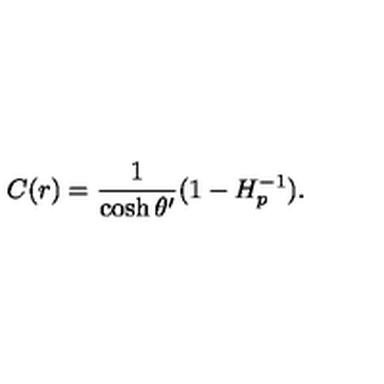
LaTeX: C ( r ) = { \frac { 1 } { \cosh \theta ^ { \prime } } } ( 1 - H _ { p } ^ { - 1 } ) .